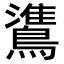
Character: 𬷯